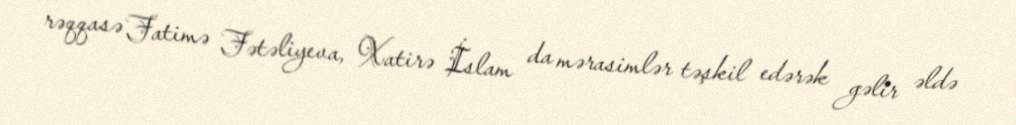
rəqqasə Fatimə Fətəliyeva, Xatirə İslam da mərasimlər təşkil edərək gəlir əldə